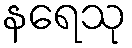
နရေသု